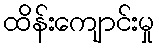
ထိန်းကျောင်းမှု